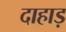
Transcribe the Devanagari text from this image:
दाहाड़